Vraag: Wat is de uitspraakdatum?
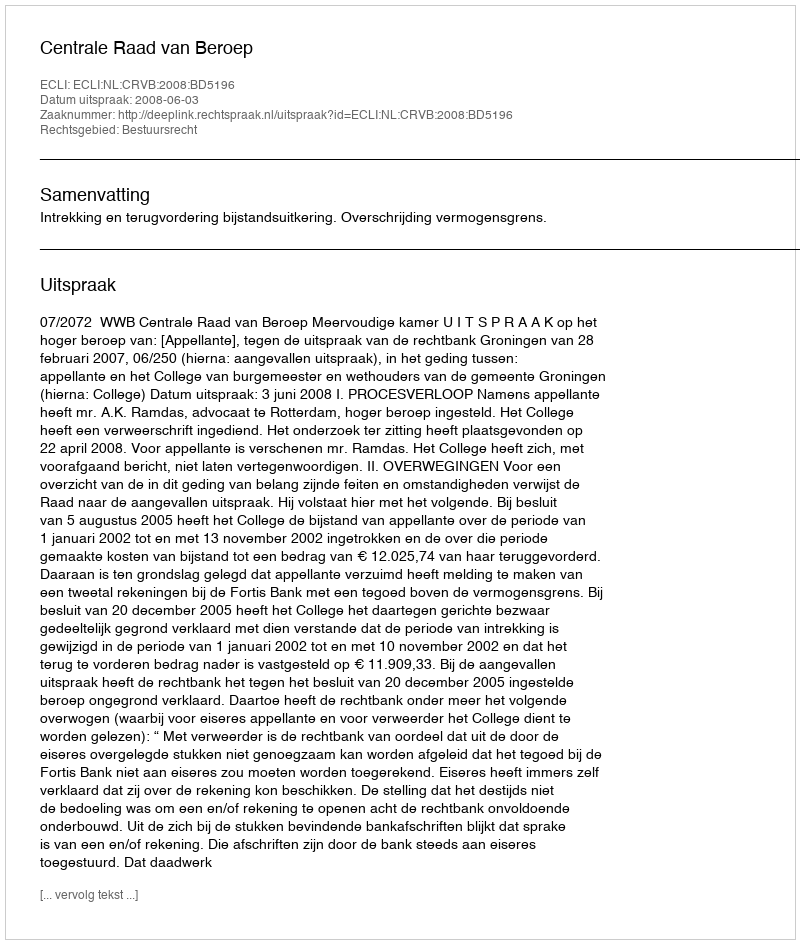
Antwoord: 2008-06-03